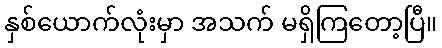
နှစ်ယောက်လုံးမှာ အသက် မရှိကြတော့ပြီ။